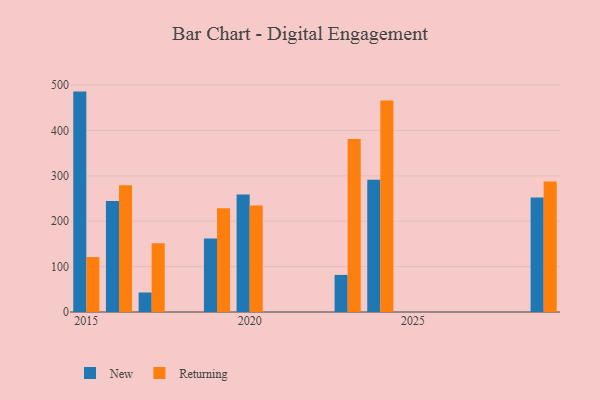
{"axis": {"x": "Year", "y": "Gross Profit (USD K)"}, "legend": ["New", "Returning"], "data": [{"x": "2015", "y": 485.7, "type": "New"}, {"x": "2015", "y": 121.1, "type": "Returning"}, {"x": "2019", "y": 162.0, "type": "New"}, {"x": "2019", "y": 228.4, "type": "Returning"}, {"x": "2016", "y": 244.5, "type": "New"}, {"x": "2016", "y": 279.5, "type": "Returning"}, {"x": "2020", "y": 259.2, "type": "New"}, {"x": "2020", "y": 234.6, "type": "Returning"}, {"x": "2024", "y": 291.4, "type": "New"}, {"x": "2024", "y": 465.9, "type": "Returning"}, {"x": "2023", "y": 81.7, "type": "New"}, {"x": "2023", "y": 381.1, "type": "Returning"}, {"x": "2017", "y": 43.0, "type": "New"}, {"x": "2017", "y": 151.7, "type": "Returning"}, {"x": "2029", "y": 252.5, "type": "New"}, {"x": "2029", "y": 287.6, "type": "Returning"}]}